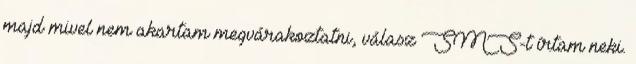
majd mivel nem akartam megvárakoztatni, válasz SMS-t írtam neki.